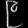
Digit: ၉